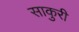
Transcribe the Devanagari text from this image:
साकुरी